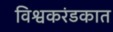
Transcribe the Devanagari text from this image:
विश्वकरंडकात